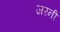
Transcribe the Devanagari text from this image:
जरनी